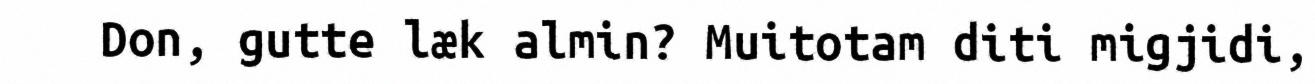
Don, gutte læk almin? Muitotam diti migjidi,